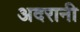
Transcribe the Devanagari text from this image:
अदरानी